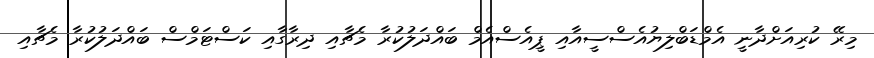
މިރޭ ކުރިއަށްދާނީ އެމްޑަބްލިޔުއެސްސީއާއި ޕީއެސްއެމް ބައްދަލުކުރާ މެޗާއި ދިރާގާއި ކަސްޓަމްސް ބައްދަލުކުރާ މެޗާއި